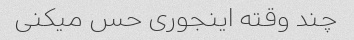
چند وقته اینجوری حس میکنی